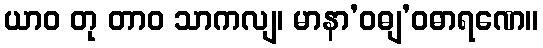
ယာဝ တု တာဝ သာကလျ၊ မာနာ’ဝဓျ’ဝဓာရဏေ။